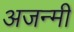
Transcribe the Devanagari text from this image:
अजन्मी